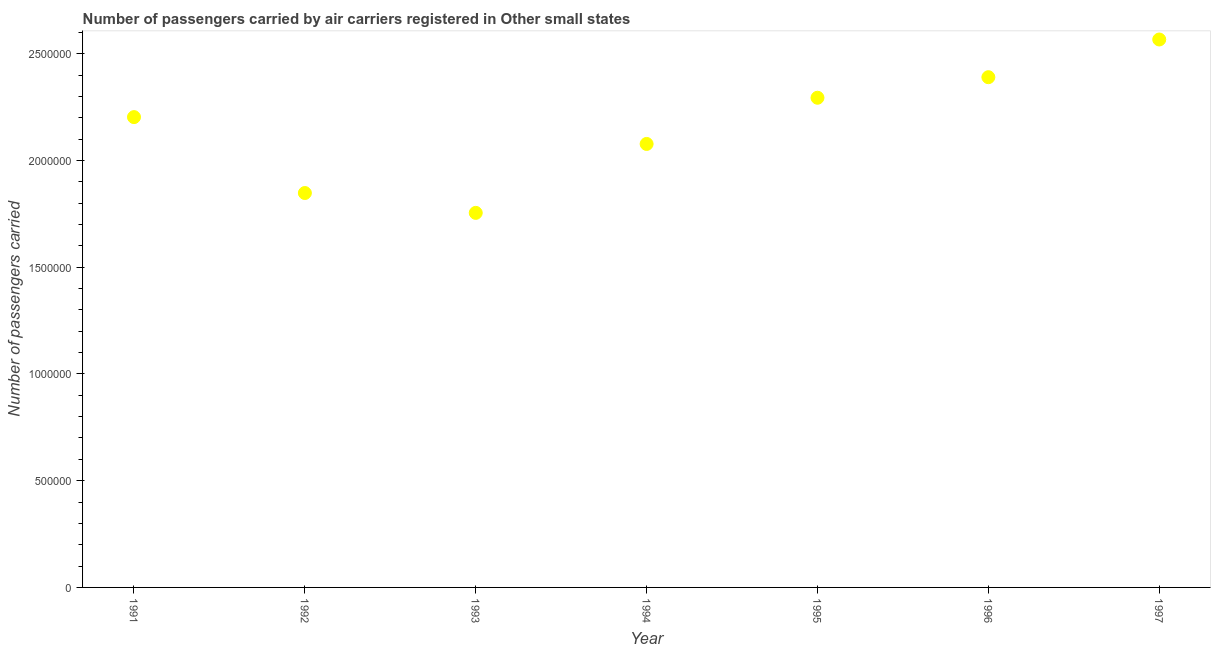
| Year | Air transport |
 | --- | --- |
 | 1991 | 2.2e+06 |
 | 1992 | 1.85e+06 |
 | 1993 | 1.75e+06 |
 | 1994 | 2.08e+06 |
 | 1995 | 2.29e+06 |
 | 1996 | 2.39e+06 |
 | 1997 | 2.57e+06 |